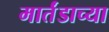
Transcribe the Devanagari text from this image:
मार्तंडाच्या